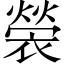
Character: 褮